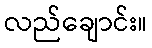
လည်ချောင်း။